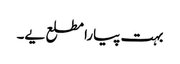
بہت پیارا مطلع یے۔